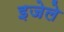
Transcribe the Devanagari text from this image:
इजेले